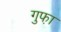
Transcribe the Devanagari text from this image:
गुफा़